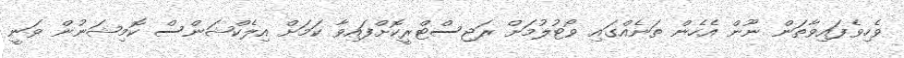
ވެހިވެފައިވާތަން ނޫން އެހެން ތަނެއްގައި ވޯޓުލުމަށް ރަޖިސްޓްރީކޮށްފައިވާ ކަމަށް އިލެކްޝަންސް ކޮމިޝަނުން ވަނީ